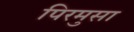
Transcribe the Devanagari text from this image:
पिरमुसा